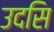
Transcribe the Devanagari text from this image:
उदसि